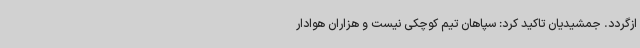
ازگردد. جمشیدیان تاکید کرد: سپاهان تیم کوچکی نیست و هزاران هوادار